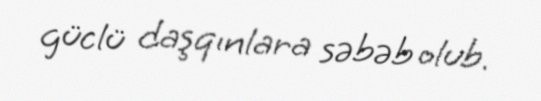
güclü daşqınlara səbəb olub.